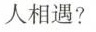
人相遇?